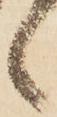
候